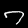
Digit: 7